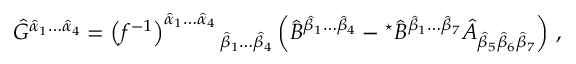
\hat { G } ^ { \hat { \alpha } _ { 1 } \ldots \hat { \alpha } _ { 4 } } = \left( f ^ { - 1 } \right) ^ { \hat { \alpha } _ { 1 } \ldots \hat { \alpha } _ { 4 } } { } _ { \hat { \beta } _ { 1 } \ldots \hat { \beta } _ { 4 } } \left( \hat { B } ^ { \hat { \beta } _ { 1 } \ldots \hat { \beta } _ { 4 } } - { } ^ { \star } \hat { B } ^ { \hat { \beta } _ { 1 } \ldots \hat { \beta } _ { 7 } } \hat { A } _ { \hat { \beta } _ { 5 } \hat { \beta } _ { 6 } \hat { \beta } _ { 7 } } \right) \, ,